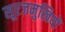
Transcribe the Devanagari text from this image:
सूरजमुखियों